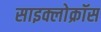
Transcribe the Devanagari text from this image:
साइक्लोक्रॉस